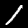
Digit: 1